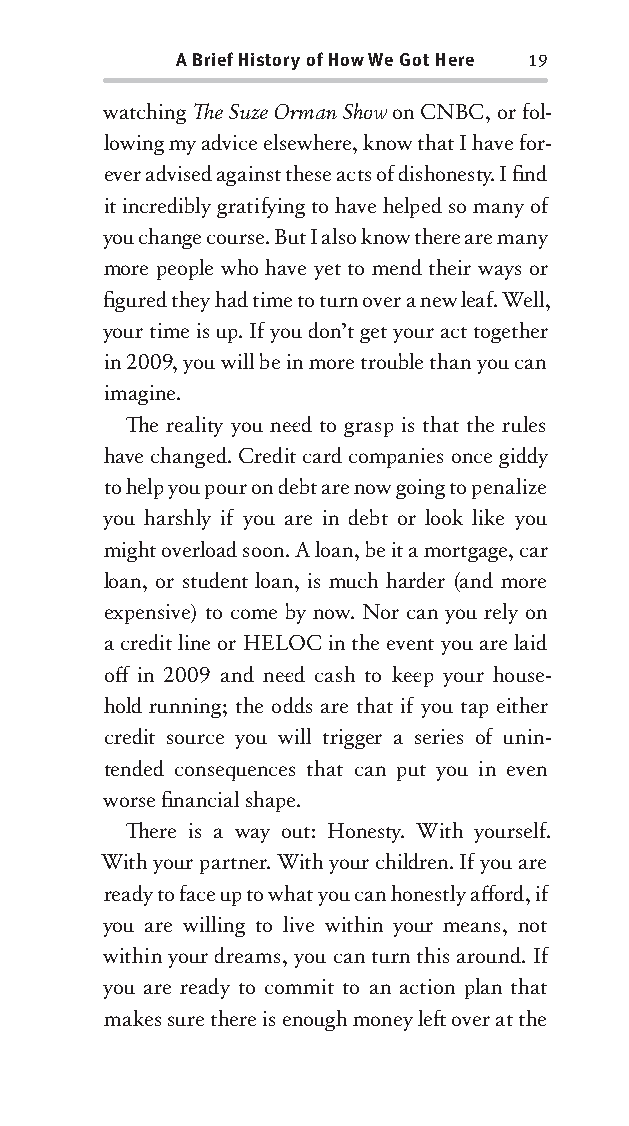
A Brief History of How We Got Here 19
 watching Th e Suze Orman Show on CNBC, or fol-
 lowing my advice elsewhere, know that I have for-
 ever advised against these acts of dishonesty . I fi nd
 it incredibly gratify ing to have helped so many of
 you change course. But I also know there are many
 more people who have yet to mend their ways or
 fi gured they had time to turn over a new leaf. Well,
 your time is up. If you don’t get your act together
 in 2009, you will be in more trouble than you can
 imagine.
 Th e reality you nee d to grasp is that the rules
 have changed. Credit card companies once giddy
 to help you pour on debt are now going to penalize
 you harshly if you are in debt or look like you
 might overload soon. A loan, be it a mortgage, car
 loan, or student loan, is much harder (and more
 expensive) to come by now. Nor can you rely on
 a credit line or HELOC in the event you are laid
 off in 2009 and nee d cash to kee p your house-
 hold running; the odds are that if you tap either
 credit source you will trigger a series of unin-
 tended consequences that can put you in even
 worse fi nancial shape.
 Th ere is a way out: Honesty . With yourself.
 With your partner. With your children. If you are
 ready to face up to what you can honestly aff ord, if
 you are willing to live within your means, not
 within your dreams, you can turn this around. If
 you are ready to commit to an action plan that
 makes sure there is enough money left over at the
 OOrrmmaa__99778800338855553300993344__44pp__aallll__rr11..iinndddd 1199 1122//33//0088 99::3311::0000 AAMM